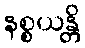
နစ္စယန္တိ